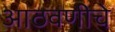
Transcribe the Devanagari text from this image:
आठवणीचे